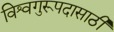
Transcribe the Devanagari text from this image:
विश्वगुरूपदासाठी